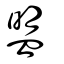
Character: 盟